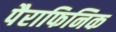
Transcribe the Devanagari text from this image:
पैराफिनिक